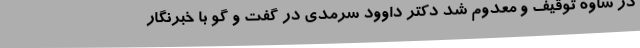
در ساوه توقیف و معدوم شد دکتر داوود سرمدی در گفت و گو با خبرنگار